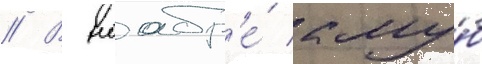
// В ноабр'е́ клу́б